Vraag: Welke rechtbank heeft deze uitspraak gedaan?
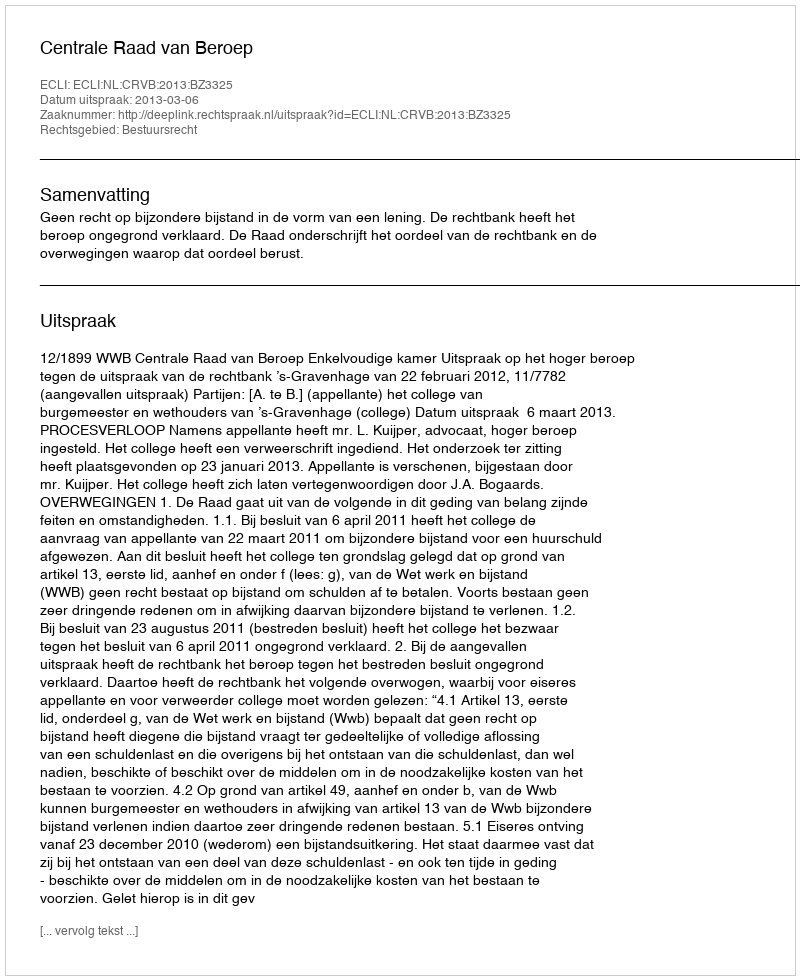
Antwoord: Centrale Raad van Beroep